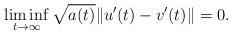
\begin{align*}\liminf_{t\rightarrow \infty } \sqrt{a(t)}\Vert u^{\prime}(t) - v^{\prime}(t)\Vert =0. \end{align*}